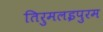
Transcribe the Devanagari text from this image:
तिरुमलइपुरम